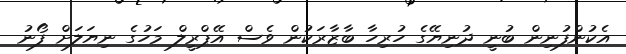
އެކުންފުނިން ބުނީ ދުނިޔޭގެ ހުރިހާ ބާޒާރަކުން ވެސް އޭޕްރީލް މަހުގެ ނިޔަލަށް ފޯނު